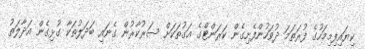
ކިޔައިފިމިމަހުގެ ފުރަތަމަ ދުވަހުންފެށިގެން ކަރަންޓްގެ އަގުތަކަށް ސަރުކާރުން ގެނައި ބަދަލުތަކާ ގުޅިގެން އަދާލަތު